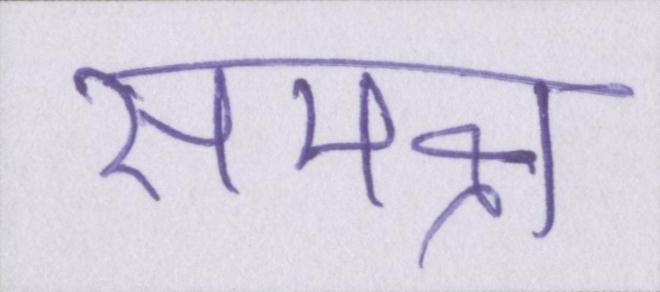
समक्ष